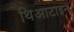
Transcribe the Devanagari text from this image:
थिआटाइन